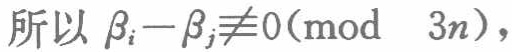
所以 \(\beta_{i}-\beta_{j}\not\equiv0(\text{mod } 3n)\)，